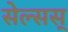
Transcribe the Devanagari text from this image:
सेल्सस्